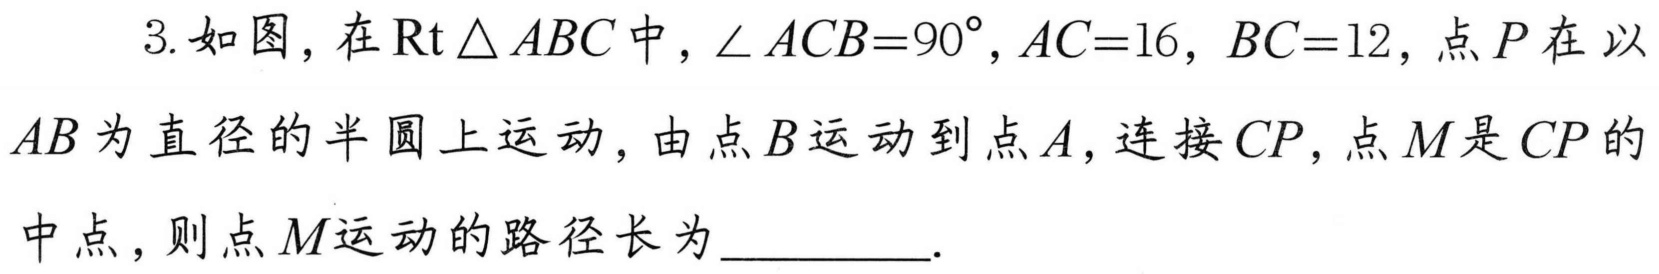
3. 如图，在$\text{Rt}\triangle ABC$中，$\angle ACB = 90^{\circ},AC = 16,BC = 12$，点$P$在以$AB$为直径的半圆上运动，由点$B$运动到点$A$，连接$CP$，点$M$是$CP$的中点，则点$M$运动的路径长为_________.